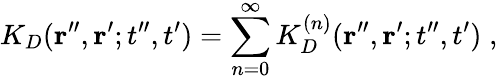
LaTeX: K_{D}({\mathbf r}^{\prime\prime},{\mathbf r}^{\prime};t^{\prime\prime},t^{\prime})=\sum_{n=0}^{\infty}K_{D}^{(n)}({\mathbf r}^{\prime\prime},{\mathbf r}^{\prime};t^{\prime\prime},t^{\prime})\; ,